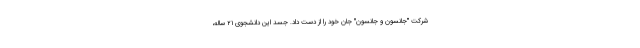
شرکت "جانسون و جانسون" جان خود را از دست داد. جسد این دانشجوی ۲۱ ساله،